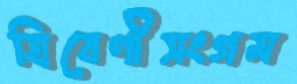
ত্রিবেণীসংগম